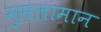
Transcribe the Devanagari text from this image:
मुसलामान